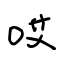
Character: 哎